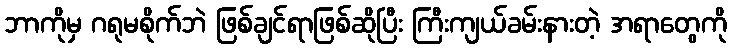
ဘာကိုမှ ဂရုမစိုက်ဘဲ ဖြစ်ချင်ရာဖြစ်ဆိုပြီး ကြီးကျယ်ခမ်းနားတဲ့ အရာတွေကို